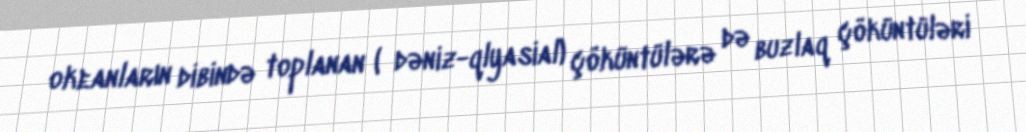
okeanların dibində toplanan ( dəniz-qlyasial) çöküntülərə də buzlaq çöküntüləri